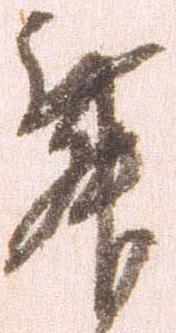
舞